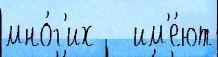
мно́г'их -  им'е́ют